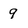
Character: 9